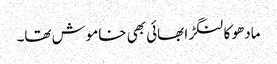
مادھو کا لنگڑا بھائی بھی خاموش تھا۔